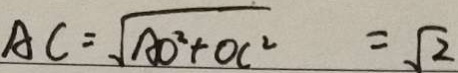
A C = \sqrt { A O ^ { 2 } + O C ^ { 2 } } = \sqrt { 2 }